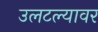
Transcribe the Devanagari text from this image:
उलटल्यावर